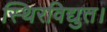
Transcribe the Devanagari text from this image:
स्थिरविद्युत।